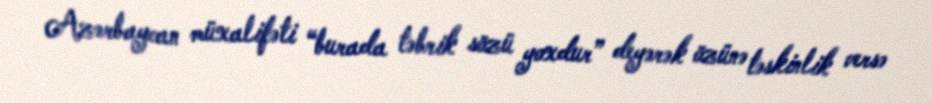
Azərbaycan müxalifəti “burada təbrik sözü yoxdur” deyərək özünə təskinlik versə